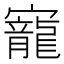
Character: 寵